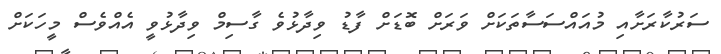
ސަރުކާރަށާއި މުއައްސަސާތަކަށް ވަރަށް ބޮޑަށް ފާޑު ވިދާޅުވެ ގާސިމް ވިދާޅުވީ އެއްވެސް މީހަކަށް